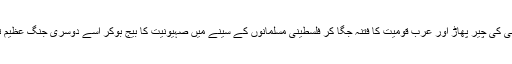
پہلی جنگِ عظیم کے بعد سے ہی برطانیہ اور اس کے حواری ٹولوں نے مشرق وسطیٰ کی چیر پھاڑ اور عرب قومیت کا فتنہ جگا کر فلسطینی مسلمانوں کے سینے میں صہیونیت کا بیج بوکر اسے دوسری جنگ عظیم تک ایک تن آور درخت بنانے کی جو جو شازشیں کیں وہ کِسی سے ڈھکی چُھپی نہیں۔